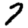
Digit: 7